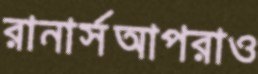
রানার্সআপরাও